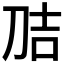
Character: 𭃕